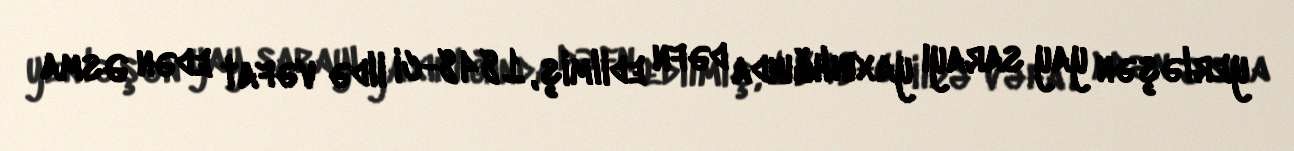
yerləşən yay sarayı yaxınlığında dəfn edilmiş, 1848-ci ildə vəfat edən Əsma